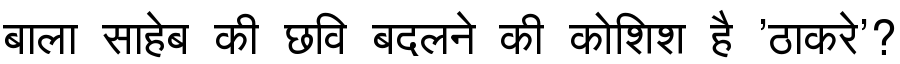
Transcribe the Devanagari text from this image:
बाला साहेब की छवि बदलने की कोशिश है 'ठाकरे'?